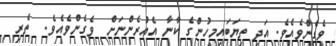
ވެގެންވެއެވެ. އަދި ތިޔަބައިމީހުންގެ ކާނާ އެއުރެންނަށް  ވެގެންވެއެވެ.  ތެރިި